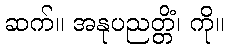
ဆက်။ အနုပညတ္တိံ၊ ကို။